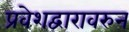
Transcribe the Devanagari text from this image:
प्रवेशद्वारावरुन